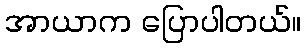
အာယာက ပြောပါတယ်။